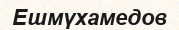
Ешмүхамедов